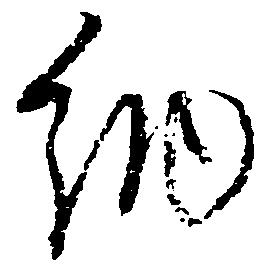
納